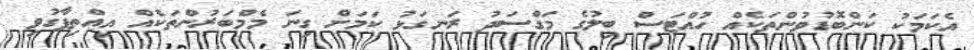
އެކަމަކު ކަންބޮޑުވުންތަކެއް ހުއްޓަސް ބިލުގެ މަގްސަދު ރަނގަޅު ކަމަށް ގިނަ މެމްބަރުންތަކެއް އިއްތިފާގުވި